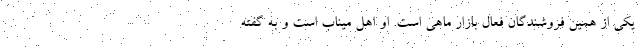
یکی از همین فروشندگان فعال بازار ماهی است. او اهل میناب است و به گفته